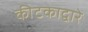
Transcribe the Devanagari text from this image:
कीटकाद्वारे